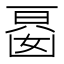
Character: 𭂾